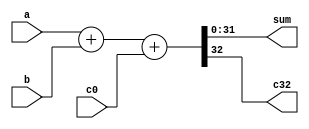
module adder_32bit (input [31:0] a, b, input c0, output [31:0] sum, output c32);
	assign { c32 , sum} = a + b + c0;
endmodule